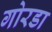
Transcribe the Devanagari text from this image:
गोरडा